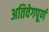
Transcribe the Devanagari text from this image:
अतिवेगपूर्ण